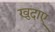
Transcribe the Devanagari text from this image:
खुदाए